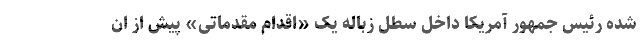
شده رئیس جمهور آمریکا داخل سطل زباله یک «اقدام مقدماتی» پیش از ان